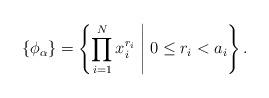
LaTeX: \begin{align*}\{\phi_{\alpha}\} =\left \{\prod_{i=1}^{N}x_i^{r_i} \; \middle | \; 0\leq r_i<a_i \right\}.\end{align*}